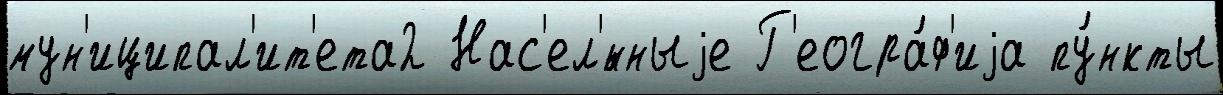
мун'иципал'ит'ета2 Нас'ел'́нныjе Г'еогра́ф'иjа пу́нкты